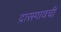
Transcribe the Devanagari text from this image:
द़ासगावची